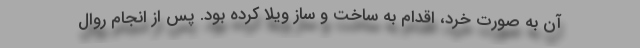
آن به صورت خرد، اقدام به ساخت و ساز ویلا کرده بود. پس از انجام روال